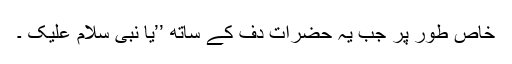
خاص طور پر جب یہ حضرات دف کے ساتھ ’’یا نبی سلام علیک ۔